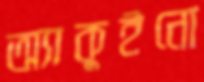
অ্যাকুইনো